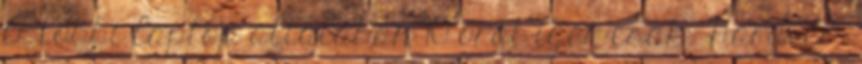
A többi laptop általában 10 órát ígér csak. Hardver: